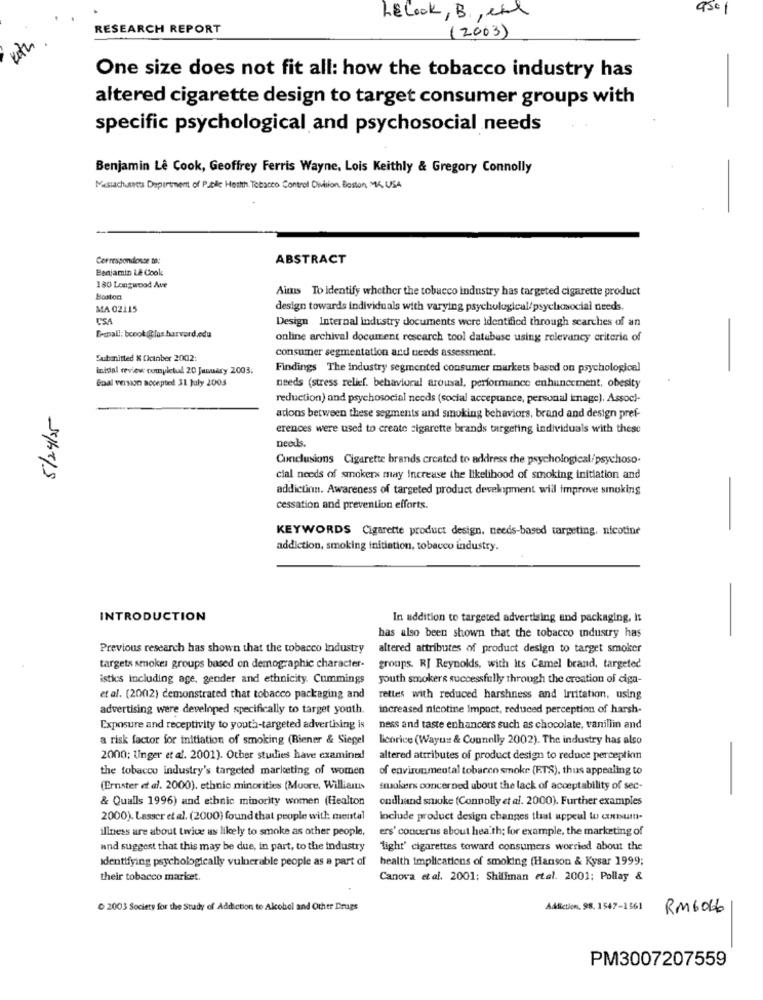
9501
LELook, B, end
RESEARCH REPORT
(2003)
One size does not fit all: how the tobacco industry has
altered cigarette design to target consumer groups with
specific psychological and psychosocial needs
Benjamin Le Cook, Geoffrey Ferris Wayne, Lois Keithly & Gregory Connolly
Massachusetts Department of Public Health Tobacco Control Division, Boston, MK USA
Correspondence to:
ABSTRACT
Benjamin L& Cook
180 Longwood Ave
Aims To identify whether the tobacco industry has targeted cigarette product
Boston
MA 02115
design towards individuals with varying psychological/psychosocial needs
CSA
Design Internal industry documents were identified through searches of an
Fempall: bcook @los harvard.edu
online archival document research tool database using relevancy criteria of
consumer segmentation and needs assessment.
Submitted & Cicinber 2002:
initial review completud 20 January 2003;
Findings The industry segmented consumer markets based on psychological
Boal version accepted 31 July 2003
needs (stress relief. behavioral arousal, performance enhancement, obesity
reduction) and psychosocial needs (social acceptance, personal image). Associ-
5/24/25
adions between these segments and smoking behaviors, brand and design pref-
erences were used to create sigarette brands targeting individuals with these
needs.
Conclusions Cigarette brands created to address the psychological/psychoso.
cial needs of smokerx may Increase the likelihood of smoking initiation and
addiction. Awareness of targeted product development will improve smoking
cessation and prevention efforts.
KEYWORDS Cigarette product design, needs-based targeting, nicotine
addiction, smoking initiation, tobacco industry.
-
INTRODUCTION
In addition to targeted advertising and packaging, it
has also been shown that the tobacco industry has
Previous research has shown that the tobacco Industry
altered attributes of product design to target smoker
targets smokes groups based on demographic character-
groups. RJ Reynolds, with Its Camel brand, targeted
istics including age, gender and ethnicity. Cummings
youth smokers successfully through the creation of ciga-
et al. (2002) demonstrated that tobacco packaging and
rettes with reduced harshness and Irritation, using
advertising were developed specifically to target youth.
increased nicotine Impact, reduced perception of harsh-
Exposure and receptivity to youth-targeted advertising is
ness and taste enhancers such as chocolate, vanillin and
a risk factor for initiation of smoking (Riener & Siegel
licorice (Wayus & Connelly 2002). The industry has also
-
2000; Unger et al. 2001). Other studies have examined!
altered attributes of product design to reduce perception
the tobacco industry's targeted marketing of women
of environmental tobacco smoke (RTS), thus appealing to
(Ernster et al. 2000). ethnic minorities (Muore, Williams
smokers concerned about the lack of acceptability of sec-
& Qualls 1996) and ethnic minority women (Healton
ondhand smoke (Connolly et al. 2000). Further examples
2000). Lasser et al. (2000) found that people with mental
include product design changes that appeal Wo cxnum-
illness are about tivice as likely to smoke as other people,
ers' concerus about heath; for example, the marketing of
and suggest that this may be due, in part, to the industry
light' cigarettes toward consumers worried about the
identifying psychologically vulnerable people as a part of
health implications of smoking (Hanson & Kysar 1999;
their tobacco market.
Canova etal. 2001: Shiliman etal. 2001; Pollay &
0 2003 Society for the Study of Addiction to Alcohol and Other Drugs
Addiction, 98, 1547-1561
RM6066
PM3007207559